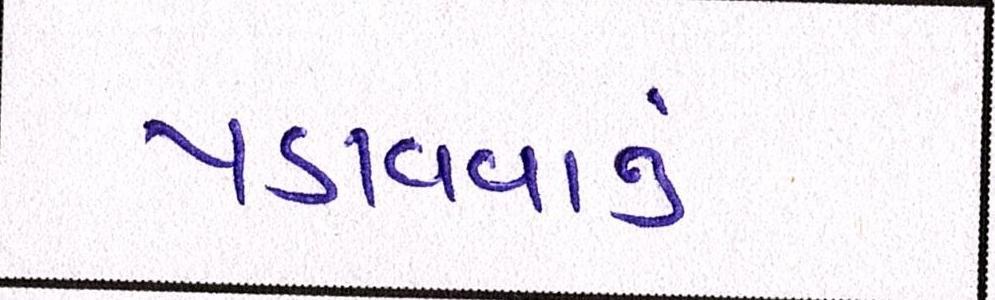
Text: પડાવવાનું